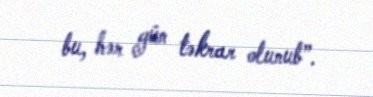
bu, hər gün təkrar olunub”.